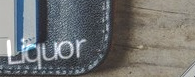
Liquor